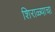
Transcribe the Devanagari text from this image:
शिराळ्याचा